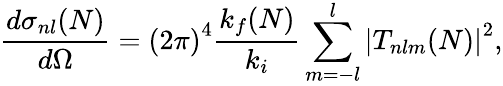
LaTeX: \frac{d{\sigma}_{nl}(N)}{d\Omega}={(2\pi)}^{4}\frac{k_{f}{(N)}}{k_{i}}\sum_{m=-l}^{l}{|T_{nlm}(N)|}^{2},